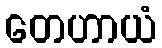
တေဟာယံ